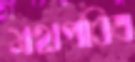
মহাপবিত্র